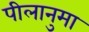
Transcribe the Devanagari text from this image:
पीलानुमा